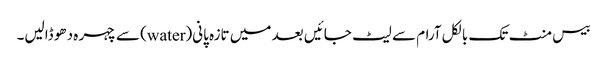
بیس منٹ تک بالکل آرام سے لیٹ جائیں بعد میں تازہ پانی(water) سے چہر ہ دھو ڈالیں۔